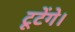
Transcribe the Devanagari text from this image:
टूटेंगे।